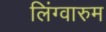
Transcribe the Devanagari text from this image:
लिंग्वारुम